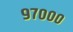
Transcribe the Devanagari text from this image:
९७०००